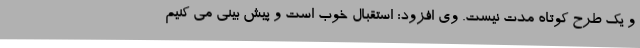
و یک طرح کوتاه مدت نیست. وی افزود: استقبال خوب است و پیش بینی می کنیم